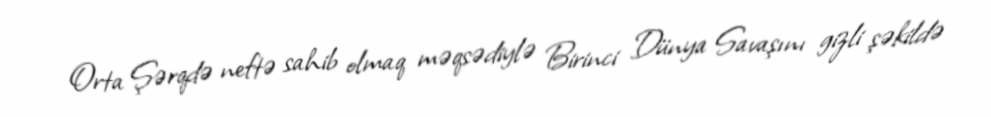
Orta Şərqdə neftə sahib olmaq məqsədiylə Birinci Dünya Savaşını gizli şəkildə